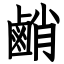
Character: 䴛